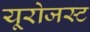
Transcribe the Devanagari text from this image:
यूरोजस्ट